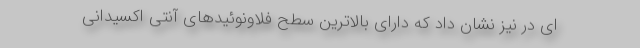
ای در نیز نشان داد که دارای بالاترین سطح فلاونوئیدهای آنتی اکسیدانی